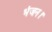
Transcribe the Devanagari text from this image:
भंजन।